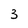
Character: 3